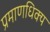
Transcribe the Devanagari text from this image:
प्रमाणधिक्य